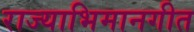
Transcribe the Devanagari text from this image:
राज्याभिमानगीत